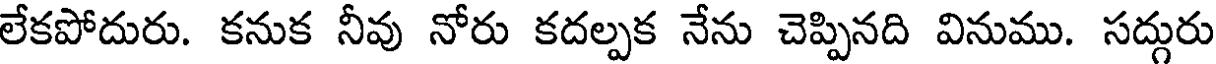
లేకపోదురు. కనుక నీవు నోరు కదల్పక నేను చెప్పినది వినుము. సద్గురు